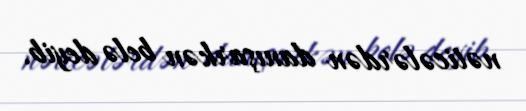
nəticələrdən danışarkən belə deyib.